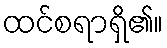
ထင်စရာရှိ၏။